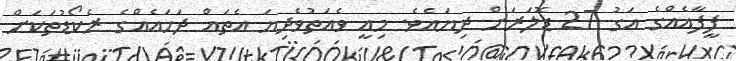
ފީފާއެއްގެ އަގު 27 ޑޮލަރަށް ދިޔައެވެ. މިއީ ވެއަތުވެދިޔަ އެތައް ދަހައެއްގެ ރެކޯޑުތަކަށް